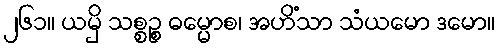
၂၆၁။ ယမှိ သစ္စဉ္စ ဓမ္မောစ၊ အဟိံသာ သံယမော ဒမော။